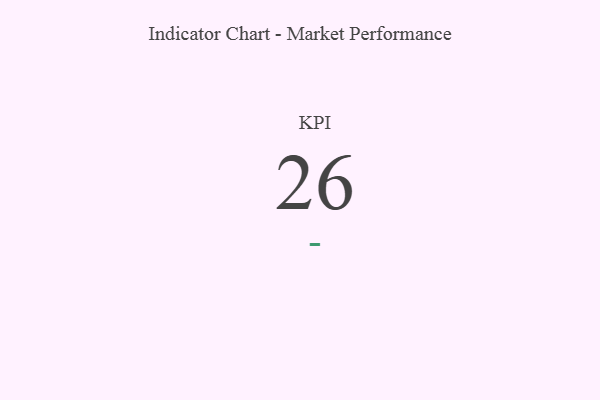
{"axis": {"x": "KPI", "y": "Value"}, "legend": [""], "data": [{"x": "KPI", "y": 26, "type": ""}]}